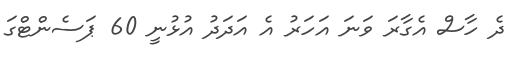
ދެ ހާސް އެގާރަ ވަނަ އަހަރު އެ އަދަދު އުޅުނީ 60 ޕަސެންޓްގަ